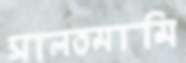
সালতমামি